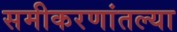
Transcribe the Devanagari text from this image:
समीकरणांतल्या